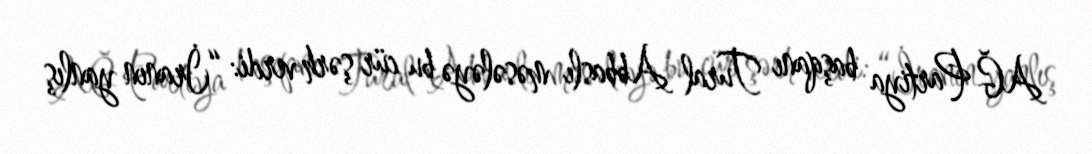
AĞ Partiya başqanı Tural Abbaslı məsələyə bu cür şərh verdi: “İranın yanlış